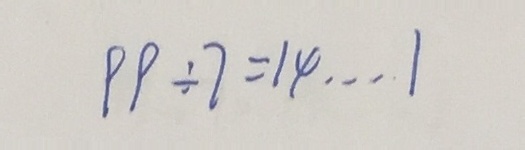
\rho \rho \div 7 = 1 4 \cdots 1